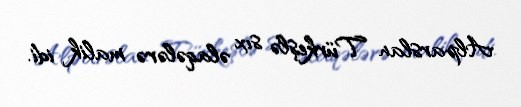
Alparslan Türkeşlə sıx əlaqələrə malik idi.